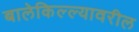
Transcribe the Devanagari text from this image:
बालेकिल्ल्यावरील